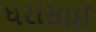
ધરાસાઈ